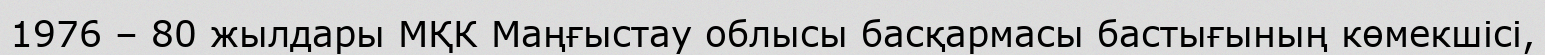
1976 – 80 жылдары МҚК Маңғыстау облысы басқармасы бастығының көмекшісі,